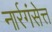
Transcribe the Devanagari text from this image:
नार्रगंसेत्त